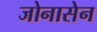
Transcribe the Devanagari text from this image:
जोनासेन